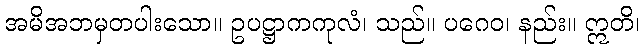
အမိအဘမှတပါးသော။ ဥပဋ္ဌာကကုလံ၊ သည်။ ပဂေဝ၊ နည်း။ ဣတိ၊